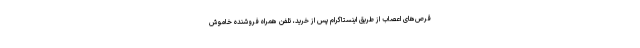
قرص‌های اعصاب از طریق اینستاگرام پس از خرید، تلفن همراه فروشنده خاموش